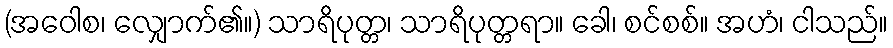
(အဝေါစ၊ လျှောက်၏။) သာရိပုတ္တ၊ သာရိပုတ္တရာ။ ခေါ၊ စင်စစ်။ အဟံ၊ ငါသည်။